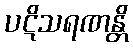
ပဋိသရဏန္တိ